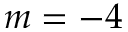
m = - 4